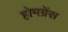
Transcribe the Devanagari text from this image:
होमग्रेंस